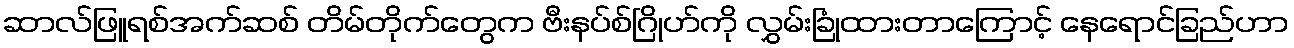
ဆာလ်ဖြူရစ်အက်ဆစ် တိမ်တိုက်တွေက ဗီးနပ်စ်ဂြိုဟ်ကို လွှမ်းခြုံထားတာကြောင့် နေရောင်ခြည်ဟာ